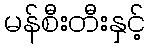
မန်စီးတီးနှင့်